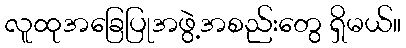
လူထုအခြေပြုအဖွဲ့အစည်းတွေ ရှိမယ်။